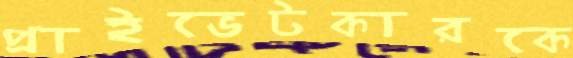
প্রাইভেটকারকে